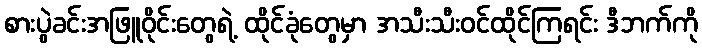
စားပွဲခင်းအဖြူဝိုင်းတွေရဲ့ ထိုင်ခုံတွေမှာ အသီးသီးဝင်ထိုင်ကြရင်း ဒီဘက်ကို